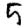
Digit: 5